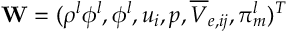
\mathbf { W } = ( \rho ^ { l } \phi ^ { l } , \phi ^ { l } , u _ { i } , p , \overline { { V } } _ { e , i j } , \pi _ { m } ^ { l } ) ^ { T }